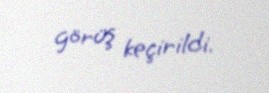
görüş keçirildi.